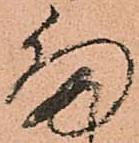
ま